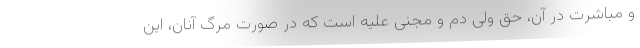
و مباشرت در آن، حق ولی دم و مجنی علیه است که در صورت مرگ آنان، این